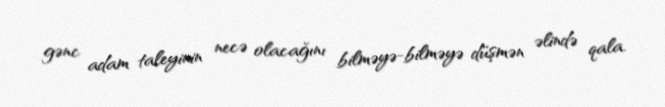
gənc adam taleyinin necə olacağını bilməyə-bilməyə düşmən əlində qala.